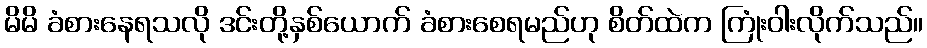
မိမိ ခံစားနေရသလို ဒင်းတို့နှစ်ယောက် ခံစားစေရမည်ဟု စိတ်ထဲက ကြုံးဝါးလိုက်သည်။